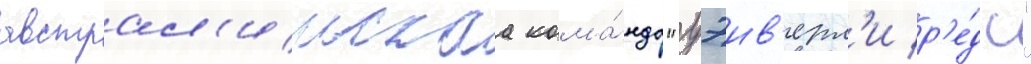
австрал'иискаа кома́нда "уэив'ерл'и р'е́дс"